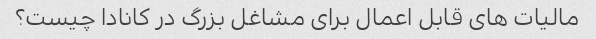
مالیات های قابل اعمال برای مشاغل بزرگ در کانادا چیست؟